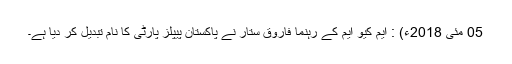
05 مئی 2018ء) : ایم کیو ایم کے رہنما فاروق ستار نے پاکستان پیپلز پارٹی کا نام تبدیل کر دیا ہے۔